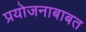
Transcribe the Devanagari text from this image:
प्रयोजनाबाबत